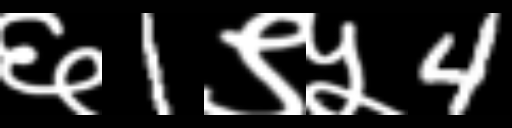
Text: ६1९५4